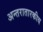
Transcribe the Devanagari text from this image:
अन्तरातारकीय